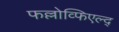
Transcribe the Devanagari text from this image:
फल्लोव्फिएल्द्